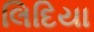
લિદિયા